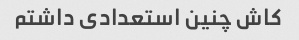
کاش چنین استعدادی داشتم